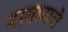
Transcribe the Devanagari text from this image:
राबायचे